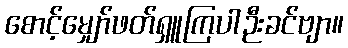
စောင့်မျှော်ဖတ်ရှူကြပါဉီးခင်ဗျာ။